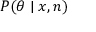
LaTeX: \textstyle P ( \theta \mid x , n )